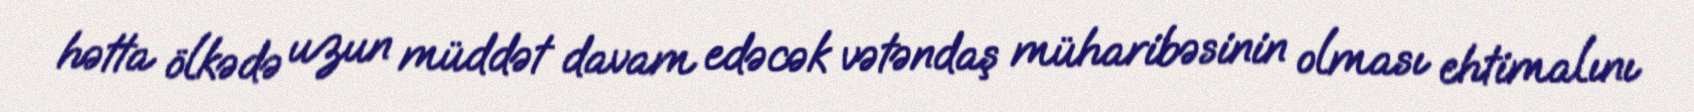
hətta ölkədə uzun müddət davam edəcək vətəndaş müharibəsinin olması ehtimalını